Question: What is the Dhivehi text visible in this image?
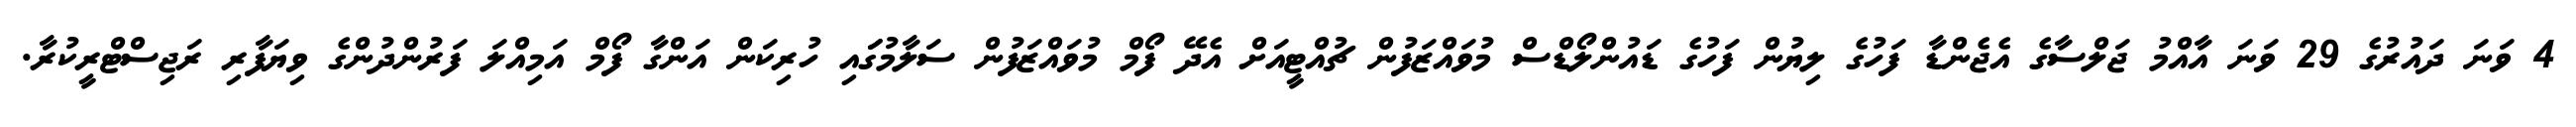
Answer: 4 ވަނަ ދައުރުގެ 29 ވަނަ އާއްމު ޖަލްސާގެ އެޖެންޑާ ފަހުގެ ލިޔުން ފަހުގެ ޑައުންލޯޑްސް މުވައްޒަފުން ޗުއްޓީއަށް އެދޭ ފޯމް މުވައްޒަފުން ސަލާމުގަައި ހުރިކަން އަންގާ ފޯމް އަމިއްލަ ފަރުންދުންގެ ވިޔަފާރި ރަޖިސްޓްރީކުރާ.